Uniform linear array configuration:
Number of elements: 48
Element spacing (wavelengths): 0.75
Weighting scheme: binomial
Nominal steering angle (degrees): -15
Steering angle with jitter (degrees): -13.393
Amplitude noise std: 0.05
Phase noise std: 0.05

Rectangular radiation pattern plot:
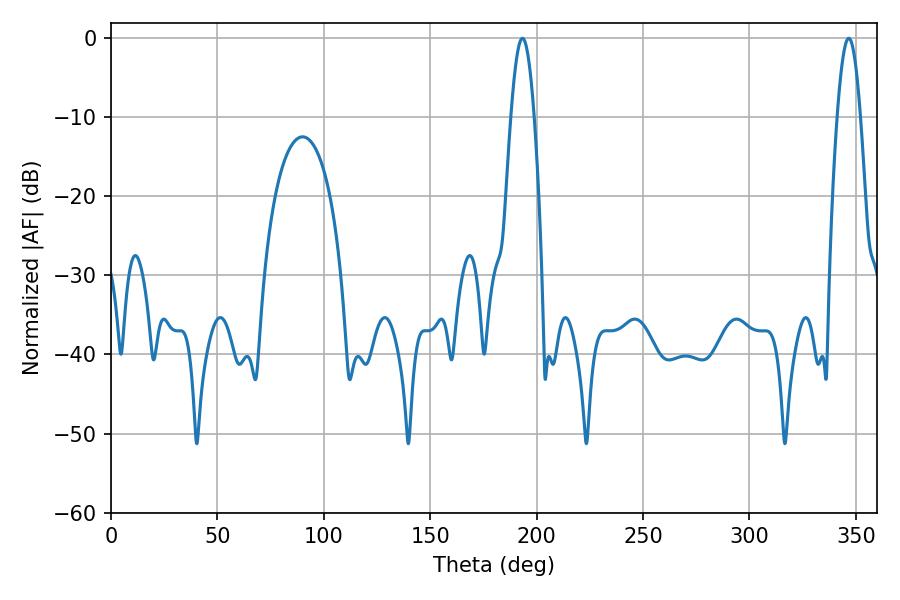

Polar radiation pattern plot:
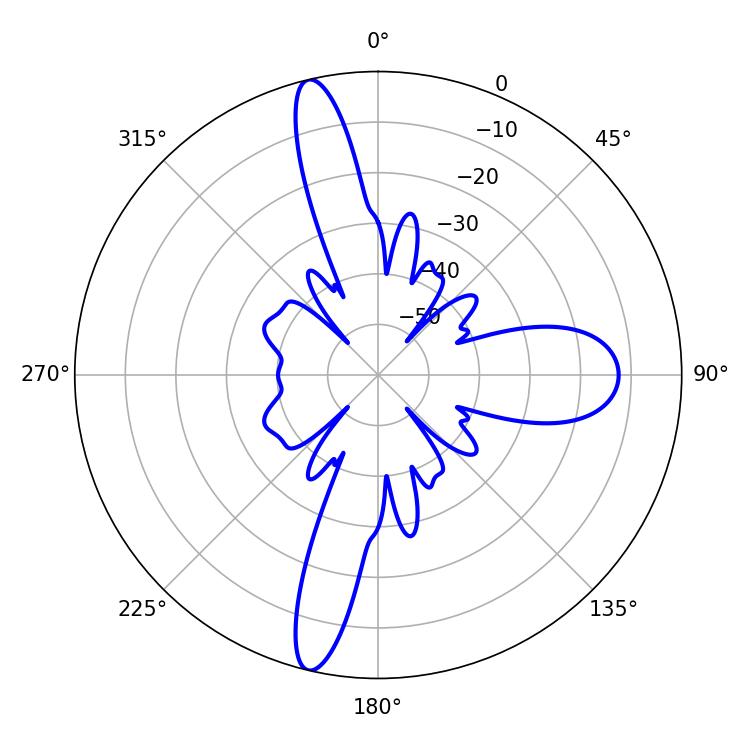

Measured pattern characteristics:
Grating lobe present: TRUE
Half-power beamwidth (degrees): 5.76
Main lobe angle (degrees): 193.32